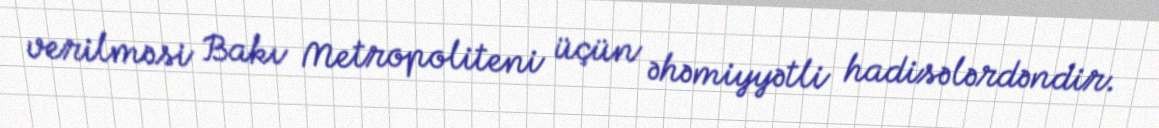
verilməsi Bakı Metropoliteni üçün əhəmiyyətli hadisələrdəndir.